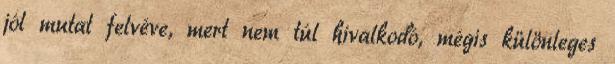
jól mutat felvéve, mert nem túl hivalkodó, mégis különleges